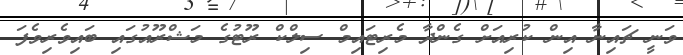
ވަނީ ޗައިނާ އިން ކުރިއަށް ގެންދާ މެރިޓައިމް ސިލްކް ރޫޓުގެ މަޝްރޫއުގައި ބައިވެރިވެފަ